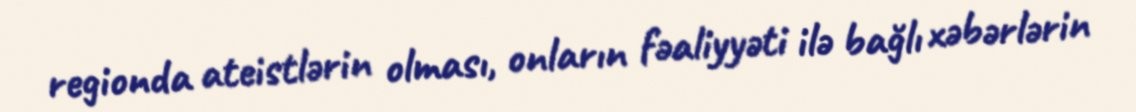
regionda ateistlərin olması, onların fəaliyyəti ilə bağlı xəbərlərin